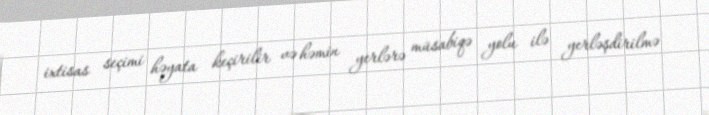
ixtisas seçimi həyata keçirilir və həmin yerlərə müsabiqə yolu ilə yerləşdirilmə